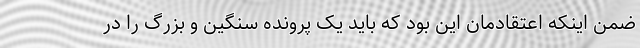
ضمن اینکه اعتقادمان این بود که باید یک پرونده سنگین و بزرگ را در